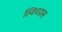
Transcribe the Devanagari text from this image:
स्विचग्रास